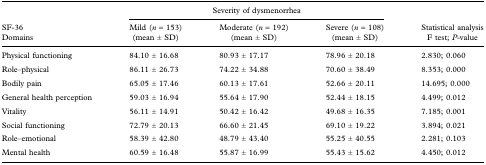
<table><thead><tr><td></td><td colspan="3"><b>Severity of dysmenorrhea</b></td><td></td></tr><tr><td><b>SF-36 Domains</b></td><td><b>Mild (<i>n</i> = 153) (mean ± SD)</b></td><td><b>Moderate (<i>n</i> = 192) (mean ± SD)</b></td><td><b>Severe (<i>n</i> = 108) (mean ± SD)</b></td><td><b>Statistical analysis F test; <i>P</i>-value</b></td></tr></thead><tbody><tr><td>Physical functioning</td><td>84.10 ± 16.68</td><td>80.93 ± 17.17</td><td>78.96 ± 20.18</td><td>2.830; 0.060</td></tr><tr><td>Role–physical</td><td>86.11 ± 26.73</td><td>74.22 ± 34.88</td><td>70.60 ± 38.49</td><td>8.353; 0.000</td></tr><tr><td>Bodily pain</td><td>65.05 ± 17.46</td><td>60.13 ± 17.61</td><td>52.66 ± 20.11</td><td>14.695; 0.000</td></tr><tr><td>General health perception</td><td>59.03 ± 16.94</td><td>55.64 ± 17.90</td><td>52.44 ± 18.15</td><td>4.499; 0.012</td></tr><tr><td>Vitality</td><td>56.11 ± 14.91</td><td>50.42 ± 16.42</td><td>49.68 ± 16.35</td><td>7.185; 0.001</td></tr><tr><td>Social functioning</td><td>72.79 ± 20.13</td><td>66.60 ± 21.45</td><td>69.10 ± 19.22</td><td>3.894; 0.021</td></tr><tr><td>Role–emotional</td><td>58.39 ± 42.80</td><td>48.79 ± 43.40</td><td>55.25 ± 40.55</td><td>2.281; 0.103</td></tr><tr><td>Mental health</td><td>60.59 ± 16.48</td><td>55.87 ± 16.99</td><td>55.43 ± 15.62</td><td>4.450; 0.012</td></tr></tbody></table>